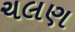
ચલણ